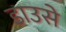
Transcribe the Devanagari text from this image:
डाउसे